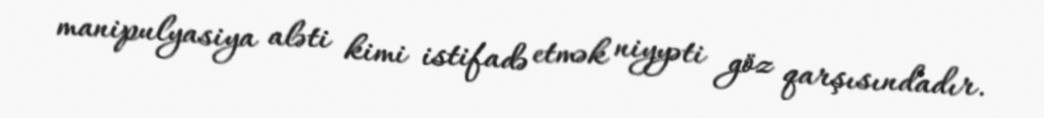
manipulyasiya aləti kimi istifadə etmək niyyəti göz qarşısındadır.